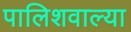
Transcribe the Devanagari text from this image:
पालिशवाल्या